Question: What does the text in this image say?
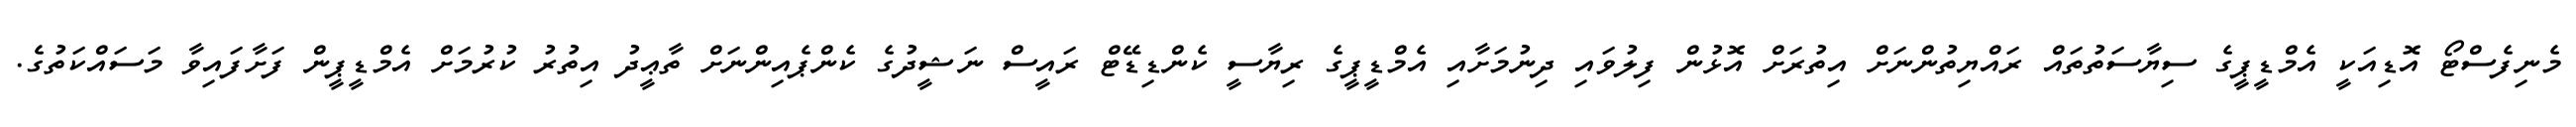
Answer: މެނިފެސްޓޯ އޮޑިއަކީ އެމްޑީޕީގެ ސިޔާސަތުތައް ރައްޔިތުންނަށް އިތުރަށް އޮޅުން ފިލުވައި ދިނުމަށާއި އެމްޑީޕީގެ ރިޔާސީ ކެންޑިޑޭޓް ރައީސް ނަޝީދުގެ ކެންޕެއިންނަށް ތާޢީދު އިތުރު ކުރުމަށް އެމްޑީޕީން ފަށާފައިވާ މަސައްކަތުގެ.